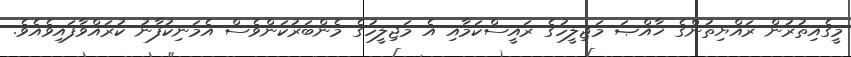
މީގެއިތުރުން ރައްޔިތުންގެ ޚާއްޞަ މަޖިލީހުގެ ރައީސްކަމާއި އެ މަޖިލީހުގެ މެންބަރުކަންވެސް އެމަނިކުފާނު ކުރައްވާފައިވެއެވެ.